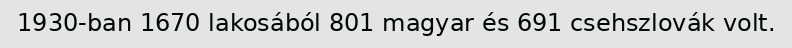
1930-ban 1670 lakosából 801 magyar és 691 csehszlovák volt.